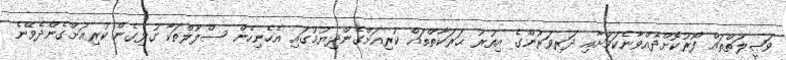
ވަޞީލަތްތައް ފޯރުކޮށްދެއްވާނެކަމަށާއި ދަރިވަރުންގެ އިތުރު ޙަރަކާތްތައް ކުރިއަށްގެންދިޔުމުގައި އެހެނިހެން ސްލޫލްތަކާ ގުޅިގެން ކުރިއަށްގެންދެވޭނެ